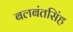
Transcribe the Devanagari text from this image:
बलबंतसिंह